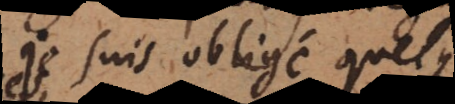
Je suis obligé quelques